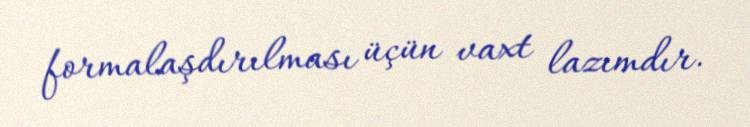
formalaşdırılması üçün vaxt lazımdır.